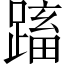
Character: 𨃕